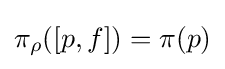
\pi _{\rho }([p,f])=\pi (p)